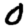
Digit: 0